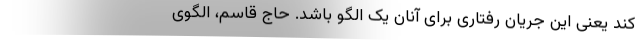
کند یعنی این جریان رفتاری برای آنان یک الگو باشد. حاج قاسم، الگوی